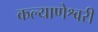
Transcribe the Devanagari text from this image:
कल्याणेश्वरी